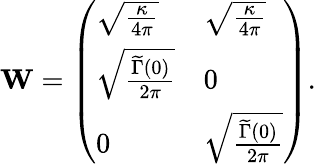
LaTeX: \mathbf{W}=\left(\begin{array}{ll}{\sqrt{\frac{\kappa}{4\pi}}}&{\sqrt{\frac{\kappa}{4\pi}}}\\ {\sqrt{\frac{\widetilde\Gamma(0)}{2\pi}}}&{0}\\ {0}&{\sqrt{\frac{\widetilde\Gamma(0)}{2\pi}}}\end{array}\right).